Civil Veterinary Dept. Bombay admin report 1907-1913 - 1907-1913
Year: 1907
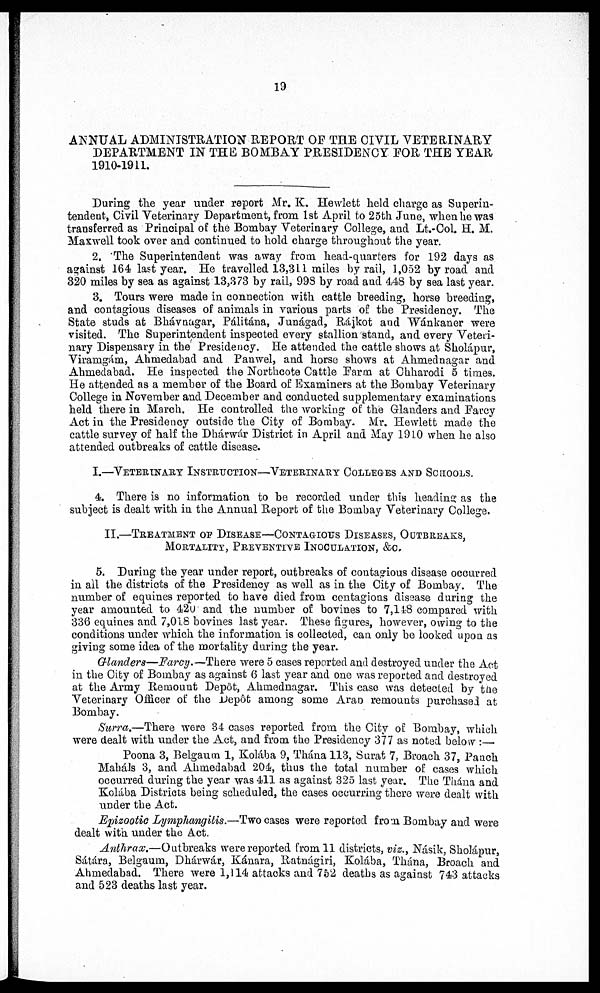
19
ANNUAL ADMINISTRATION REPORT OF THE CIVIL VETERINARY
DEPARTMENT IN THE BOMBAY PRESIDENCY FOR THE YEAR
1910-1911.
During the year under report Mr. K. Hewlett held charge as Superin-
tendent, Civil Veterinary Department, from 1st April to 25th June, when he was
transferred as Principal of the Bombay Veterinary College, and Lt.-Col. H. M.
Maxwell took over and continued to hold charge throughout the year.
2. The Superintendent was away from head-quarters for 192 days as
against 164 last year. He travelled 13,311 miles by rail, 1,052 by road and
320 miles by sea as against 13,373 by rail, 99S by road and 448 by sea last year.
3. Tours were made in connection with cattle breeding, horse breeding,
and contagious diseases of animals in various parts of the Presidency. The
State studs at Bhávnagar, Pálitána, Junágad, Rájkot and Wánkaner were
visited. The Superintendent inspected every stallion stand, and every Veteri-
nary Dispensary in the Presidency. He attended the cattle shows at Sholápur,
Viramgám, Ahmedabad and Panwel, and horse shows at Ahmednagar and.
Ahmedabad. He inspected the Northcote Cattle Farm at Chharodi 5 times.
He attended as a member of the Board of Examiners at the Bombay Veterinary
College in November and December and conducted supplementary examinations
held there in March. He controlled the working of the Glanders and Farcy
Act in the Presidency outside the City of Bombay. Mr. Hewlett made the
cattle survey of half the Dhárwár District in April and May 1910 when he also
attended outbreaks of cattle disease.
I.—VETERINARY INSTRUCTION—VETERINARY COLLEGES AND SCHOOLS.
4. There is no information to be recorded under this heading as the
subject is dealt with in the Annual Report of the Bombay Veterinary College.
II.—TREATMENT OF DISEASE—CONTAGIOUS DISEASES, OUTBREAKS,
MORTALITY, PREVENTIVE INOCULATION, &C.
5. During the year under report, outbreaks of contagious disease occurred
in all the districts of the Presidency as well as in the City of Bombay. The
number of equines reported to have died from contagions disease during the
year amounted to 420 and the number of bovines to 7,148 compared with
336 equines and 7,018 bovines last year. These figures, however, owing to the
conditions under which the information is collected, can only be looked upon as
giving some idea of the mortality during the year.
Glanders—Farcy.—There were 5 cases reported and destroyed under the Act
in the City of Bombay as against 6 last year and one was reported and destroyed
at the Army Remount Depôt, Ahmednagar. This case was detected by the
Veterinary Officer of the Depôt among some Arab remounts purchased at
Bombay.
Surra.—There were 34 cases reported from the City of: Bombay, which
were dealt with under the Act, and from the Presidency 377 as noted below :—
Poona 3, Belgaum 1, Kolába 9, Thána 113, Surat 7, Broach 37, Panch
Mahals 3, and Ahmedabad 204, thus the total number of cases which
occurred during the year was 411 as against 325 last year. The Thána and
Kolába Districts being scheduled, the cases occurring there were dealt with
under the Act.
Epizootic Lymphangitis.—Two cases were reported from Bombay and were
dealt with under the Act.
Anthrax.—Outbreaks were reported from 11 districts, viz., Násik, Sholápur,
Sátára, Belgaum, Dhárwár, Kánara, Ratnágiri, Kolába, Thána, Broach and
Ahmedabad. There were 1,114 attacks and 752 deaths as against 743 attacks
and 523 deaths last year.